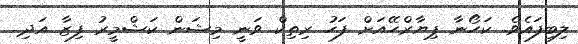
ލިބިފައެވެ. ކަހޯނާ ޕިޔާރްހޭއަށް ފަހު ރިތިކް ވަނީ މިޝަން ކަޝްމީރު ފިޒާ އަދި